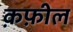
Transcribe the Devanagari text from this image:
क़फ़ील